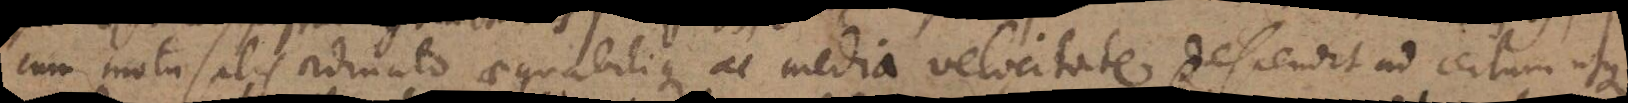
cum motu salis ordinato aequabilique ac media velocitate descendit ad certum usque